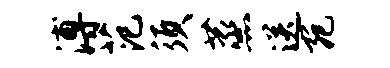
溥范须蒸送宛